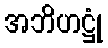
အဘိဟဋ္ဌုံ